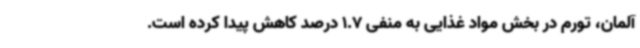
آلمان، تورم در بخش مواد غذایی به منفی 1.7 درصد کاهش پیدا کرده است.